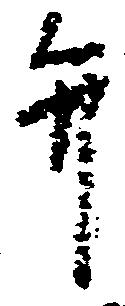
弁